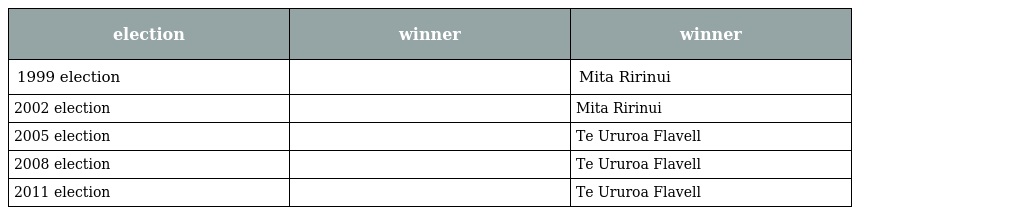
| election | winner | winner |
 | --- | --- | --- |
 | 1999 election |  | Mita Ririnui |
 | 2002 election |  | Mita Ririnui |
 | 2005 election |  | Te Ururoa Flavell |
 | 2008 election |  | Te Ururoa Flavell |
 | 2011 election |  | Te Ururoa Flavell |